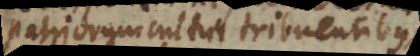
patriorum cultui tribuentibus,